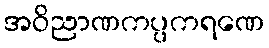
အဝိညာဏကပ္ပကရဏေ